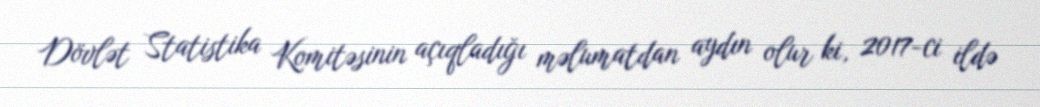
Dövlət Statistika Komitəsinin açıqladığı məlumatdan aydın olur ki, 2017-ci ildə